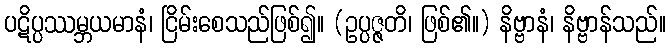
ပဋိပ္ပဿမ္ဘယမာနံ၊ ငြိမ်းစေသည်ဖြစ်၍။ (ဥပ္ပဇ္ဇတိ၊ ဖြစ်၏။) နိဗ္ဗာနံ၊ နိဗ္ဗာန်သည်။